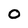
Character: 0